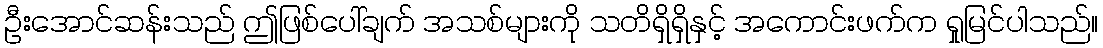
ဦးအောင်ဆန်းသည် ဤဖြစ်ပေါ်ချက် အသစ်များကို သတိရှိရှိနှင့် အကောင်းဖက်က ရှုမြင်ပါသည်။